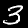
Digit: 3